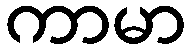
ကာမာ